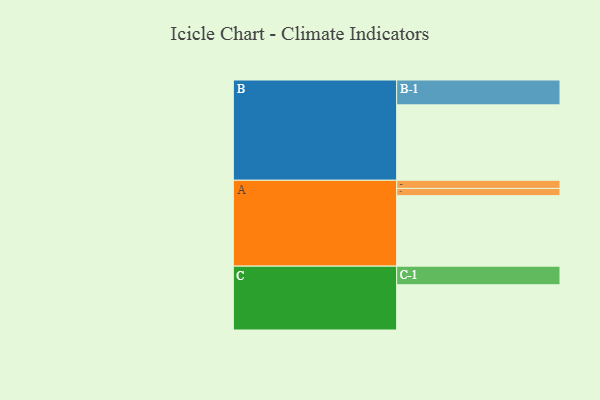
{"axis": {"x": "Segment", "y": "Value"}, "legend": ["", "A", "B", "C"], "data": [{"x": "A", "y": 519, "type": ""}, {"x": "B", "y": 555, "type": ""}, {"x": "C", "y": 333, "type": ""}, {"x": "A-1", "y": 60, "type": "A"}, {"x": "A-2", "y": 53, "type": "A"}, {"x": "B-1", "y": 183, "type": "B"}, {"x": "C-1", "y": 137, "type": "C"}]}